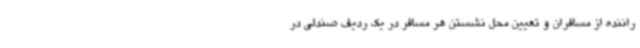
راننده از مسافران و تعیین محل نشستن هر مسافر در یک ردیف صندلی در